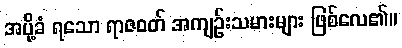
အပို့ခံ ရသော ရာဇဝတ် အကျဉ်းသမားများ ဖြစ်လေ၏။